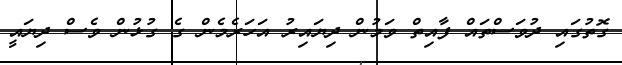
ގޮތުގައި ދުވަސްތައް ފާއިތް ވަމުން ދިޔައިރު އަހަރެމެން ގެ ގުޅުން ވެސް ދިޔައީ